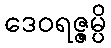
ဒေဝရဇ္ဇမ္ပိ